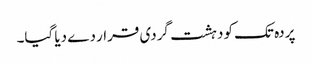
پردہ تک کو دہشت گردی قرار دے دیا گیا۔